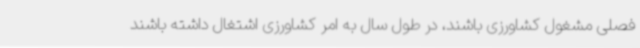
فصلی مشغول کشاورزی باشند، در طول سال به امر کشاورزی اشتغال داشته باشند